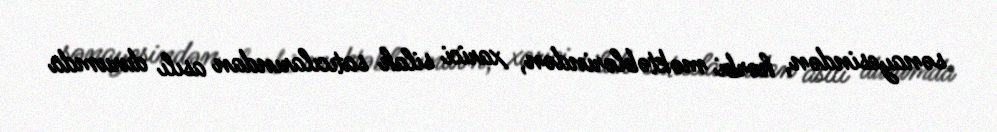
sənayesindən, hərbi məktəblərindən, xarici silah satıcılarından asılı durumda